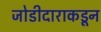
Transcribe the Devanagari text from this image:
जोडीदाराकडून